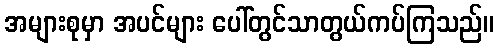
အများစုမှာ အပင်များ ပေါ်တွင်သာတွယ်ကပ်ကြသည်။